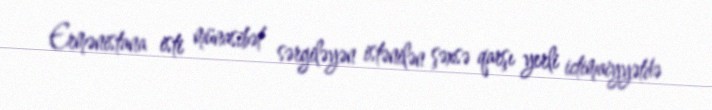
Ermənistana isti münasibət sərgiləyən istənilən şəxsə qarşı yerli ictimaiyyətdə